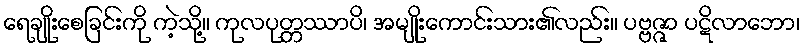
ရေချိုးစေခြင်းကို ကဲ့သို့။ ကုလပုတ္တဿာပိ၊ အမျိုးကောင်းသား၏လည်း။ ပဗ္ဗဇ္ဇာ ပဋိလာဘော၊